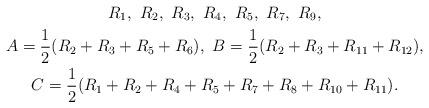
LaTeX: \begin{gather*}R_1,~R_2,~R_3,~R_4,~R_5,~R_7,~R_9,\\A=\frac{1}{2}(R_2+R_3+R_5+R_6),~B=\frac{1}{2}(R_2+R_3+R_{11}+R_{12}),\\C=\frac{1}{2}(R_1+R_2+R_4+R_5+R_7+R_8+R_{10}+R_{11}).\end{gather*}